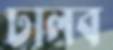
ঢালব